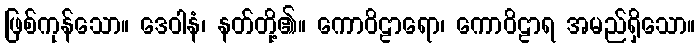
ဖြစ်ကုန်သော။ ဒေဝါနံ၊ နတ်တို့၏။ ကောဝိဠာရော၊ ကောဝိဠာရ အမည်ရှိသော။